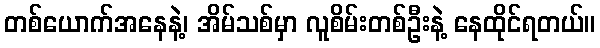
တစ်ယောက်အနေနဲ့၊ အိမ်သစ်မှာ လူစိမ်းတစ်ဦးနဲ့ နေထိုင်ရတယ်။